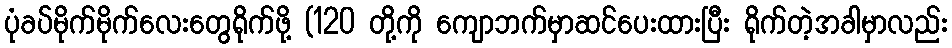
ပုံခပ်မိုက်မိုက်လေးတွေရိုက်ဖို့ (120 တို့ကို ကျောဘက်မှာဆင်ပေးထားပြီး ရိုက်တဲ့အခါမှာလည်း